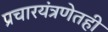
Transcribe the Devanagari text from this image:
प्रचारयंत्रणेतही